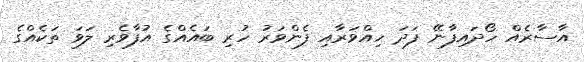
އާސާރެއް ހޯދައިފާނޭ ފަދަ ހިއްވަރާއި ފެންވަރު ހުރި ބައެއްގެ އުފާވެރި ލަވަ ތަކެއްގެ